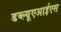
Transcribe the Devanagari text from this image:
डब्ल्यूएआईएस